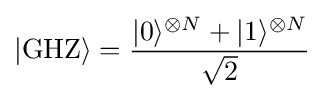
|\mathrm {GHZ} \rangle ={\frac {|0\rangle ^{\otimes N}+|1\rangle ^{\otimes N}}{\sqrt {2}}}